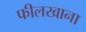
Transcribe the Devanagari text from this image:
फीलखाना